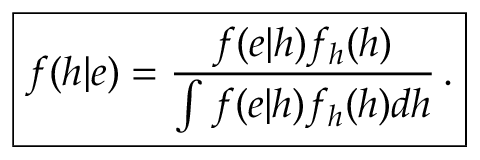
\boxed { f ( h | e ) = \frac { f ( e | h ) f _ { h } ( h ) } { \int f ( e | h ) f _ { h } ( h ) d h } \, . }